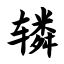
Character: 辚